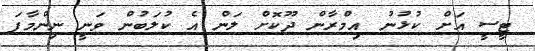
ޓީސީ އަށް ކުޅުނު އިމްރާން ދޫކޮށް ލަން އެ ކުލަބުން ވަނީ ނިންމާފަ